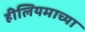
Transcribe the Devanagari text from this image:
हीलियमाच्या